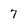
Character: 7